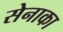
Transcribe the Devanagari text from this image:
सेनाका